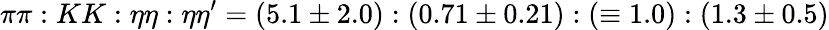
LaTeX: \pi\pi:KK:\eta\eta:\eta\eta^{\prime}=(5.1\pm 2.0):(0.71\pm 0.21):(\equiv 1.0):(1.3\pm 0.5)